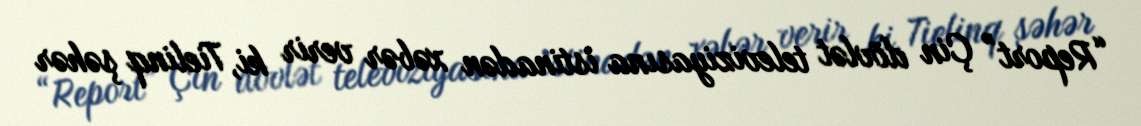
“Report” Çin dövlət televiziyasına istinadən xəbər verir ki, Tielinq şəhər